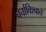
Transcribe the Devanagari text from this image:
चर्चाविश्वाने